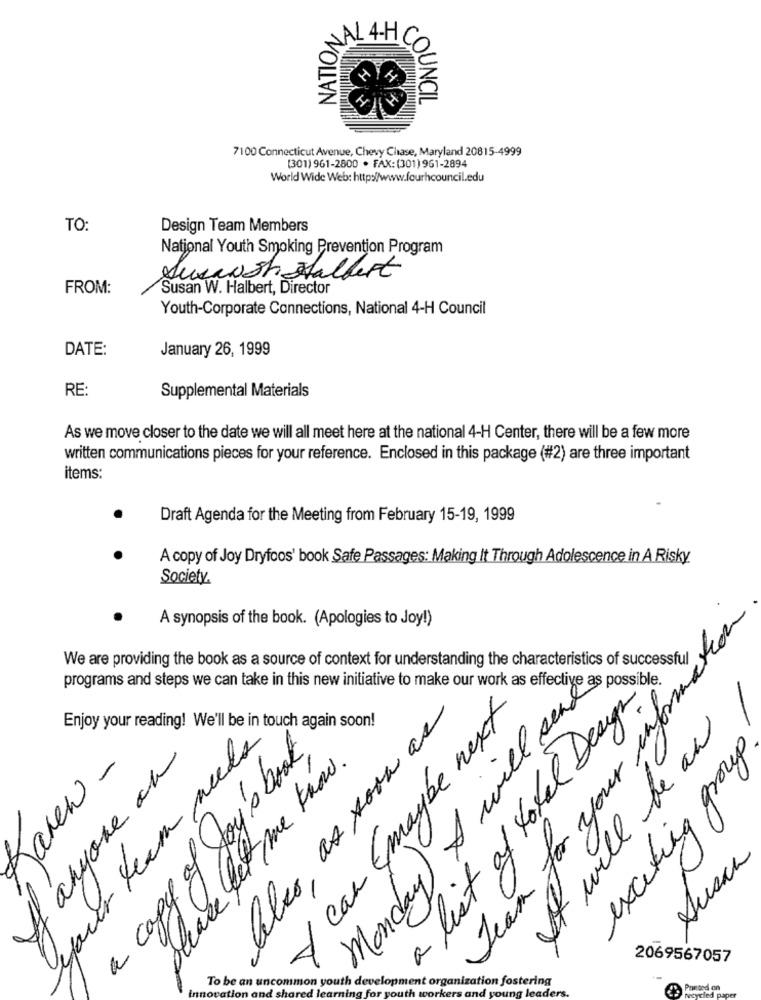
TONNO
NATION
.4-H
2
7100 Connecticut Avenue, Chevy Chase, Maryland 20815-4999
[301) 961-2800 . FAX: (301) 961-2894
World Wide Web: http://www.fourhcouncil.edu
TO:
Design Team Members
National Youth Smoking Prevention Program
Auxaush Htalbert
FROM:
Susan W. Halbert, Director
Youth-Corporate Connections, National 4-H Council
DATE:
January 26, 1999
RE:
Supplemental Materials
As we move closer to the date we will all meet here at the national 4-H Center, there will be a few more
written communications pieces for your reference. Enclosed in this package (#2) are three important
items:
Draft Agenda for the Meeting from February 15-19, 1999
A copy of Joy Dryfcos' book Safe Passages: Making It Through Adolescence in A Risky
Society.
A synopsis of the book. (Apologies to Joy!)
Jean for your information
We are providing the book as a source of context for understanding the characteristics of successful
programs and steps we can take in this new initiative to make our work as effective as possible.
Monday) I will send
list of total Design
lles, as soon as
Y can (maybe next
It will be an
Enjoy your reading! We'll be in touch again soon!
your team needs
exciting group.
anyone at
a copy of Joy's book,
please let me know.
Jaren -
Ausca
2069567057
To be an uncommon youth
sent organization fostering
ung leaders